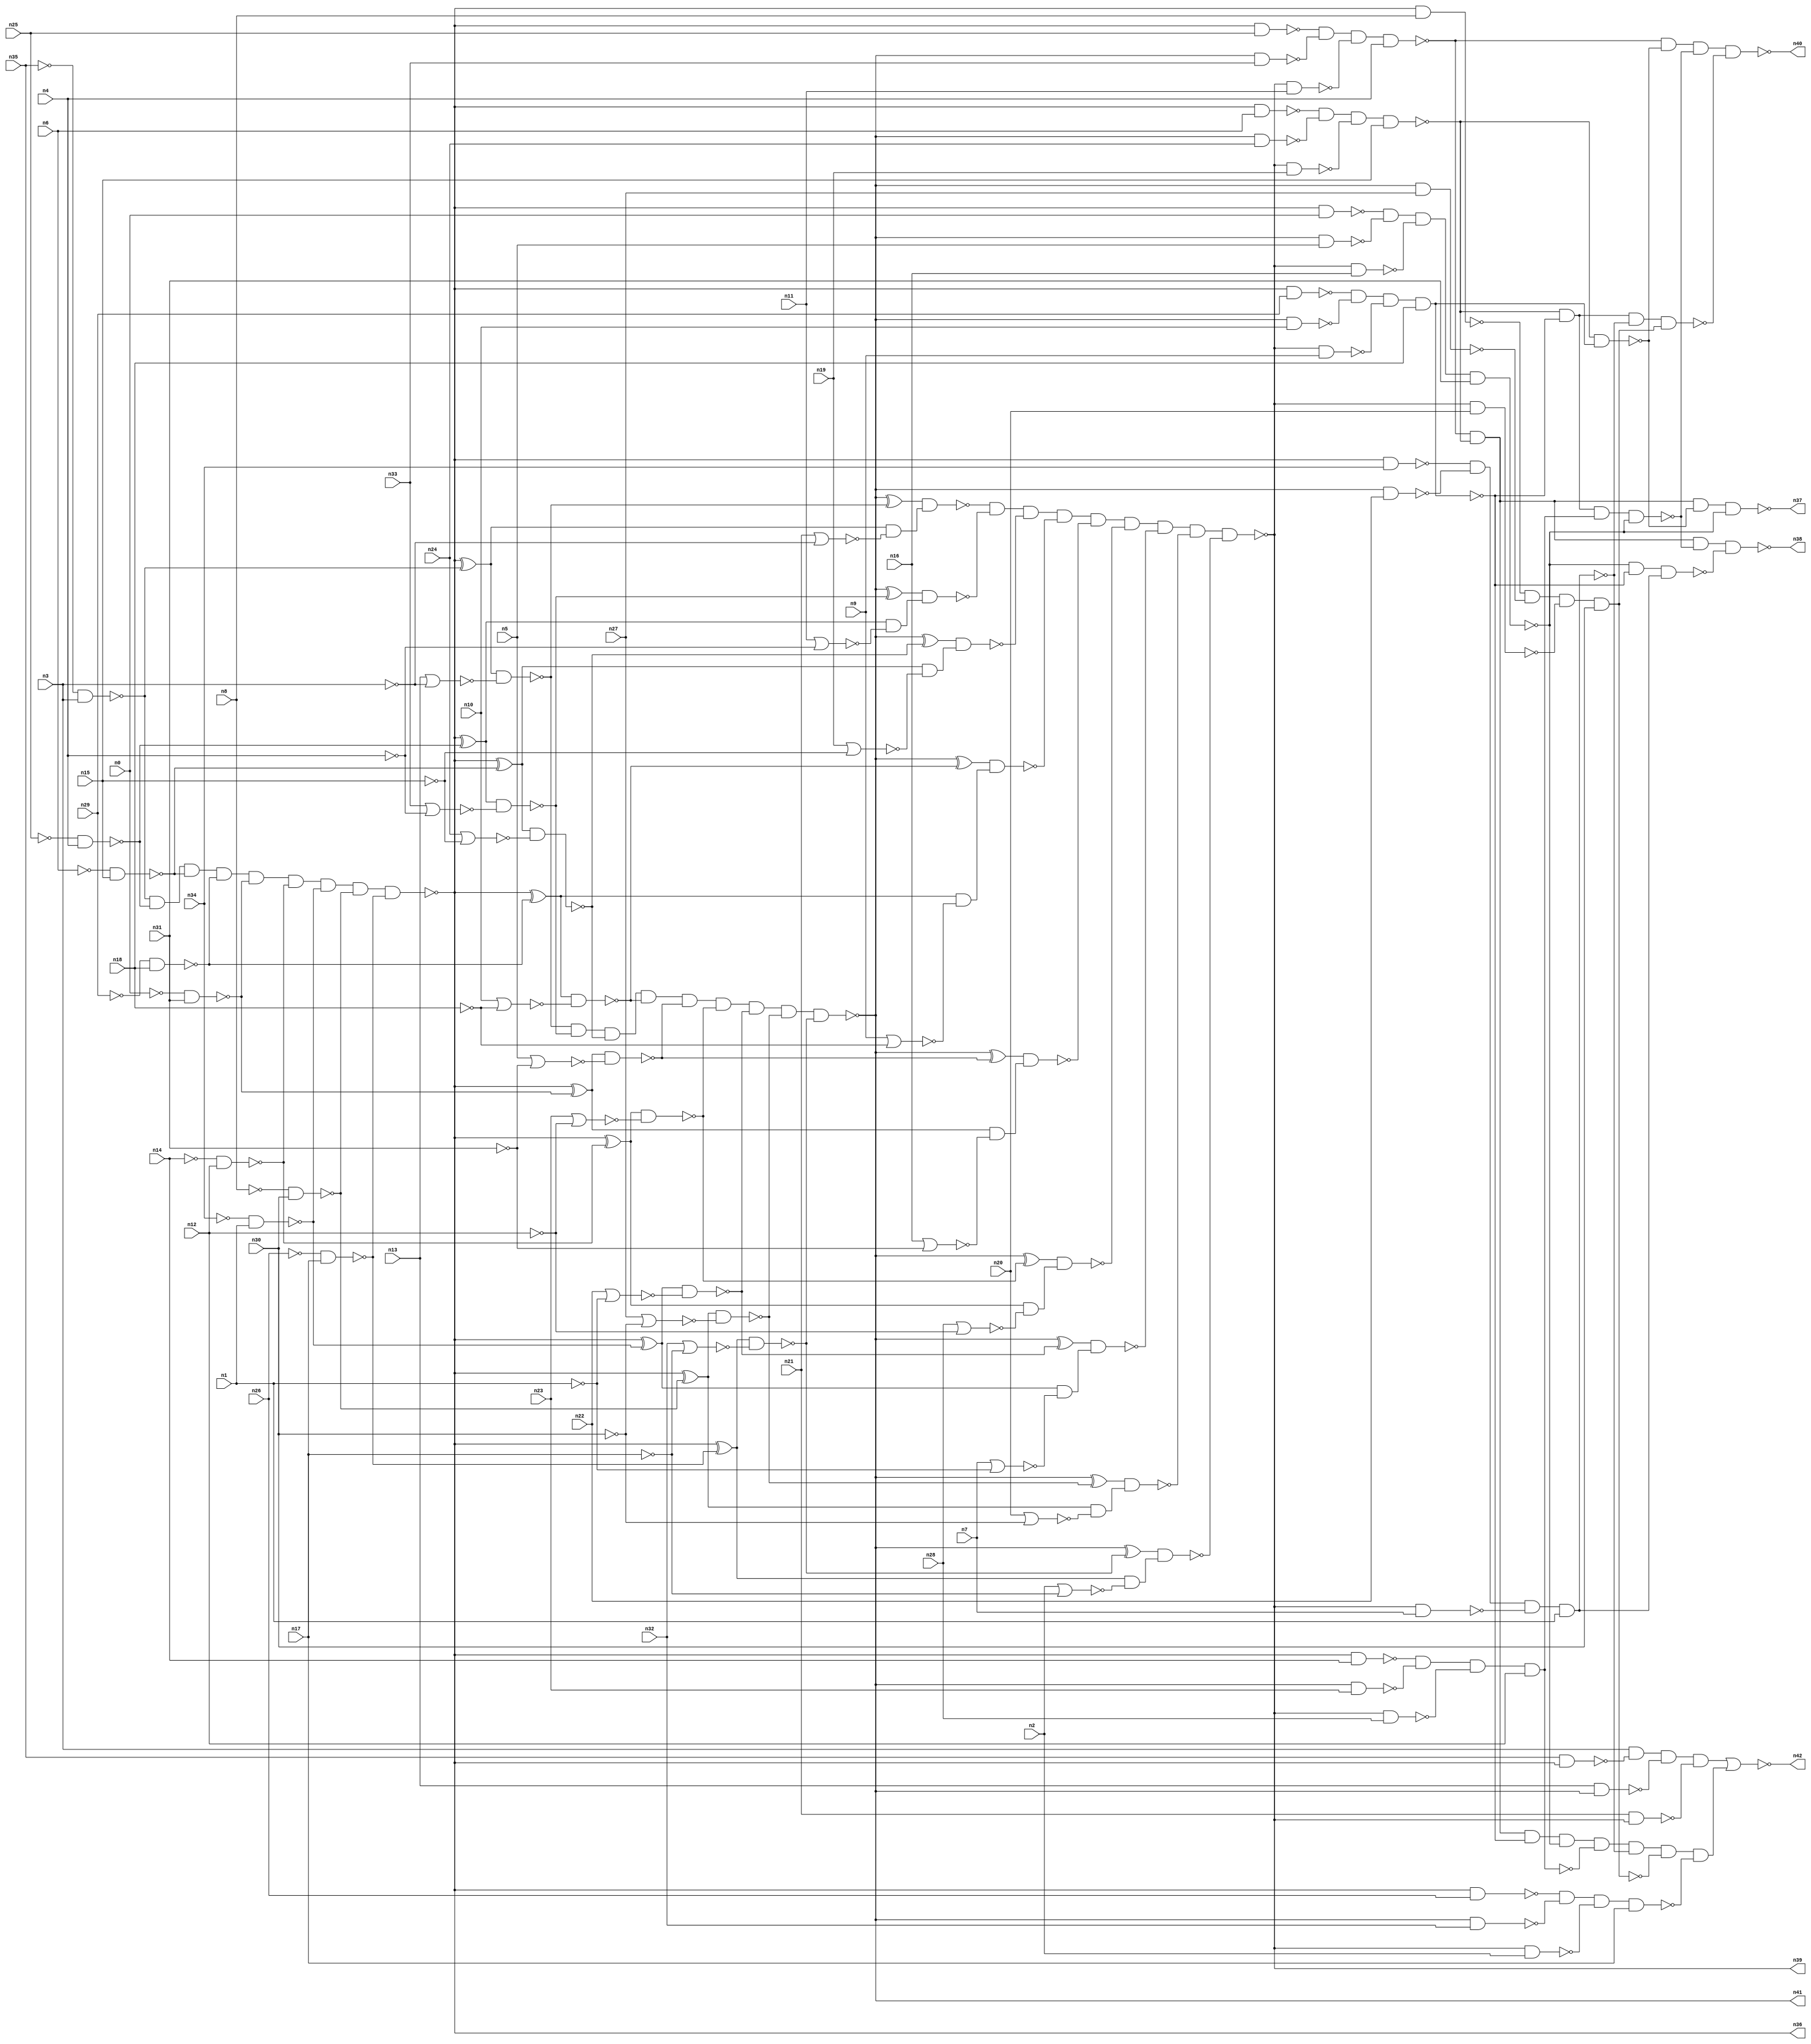
//
// Conformal-LEC Version 16.10-d005 ( 21-Apr-2016 ) ( 64 bit executable )
//
module top ( n0 , n1 , n2 , n3 , n4 , n5 , n6 , n7 , n8 , n9 , n10 , n11 , n12 , n13 , n14 , n15 , n16 , n17 , n18 , n19 , n20 , n21 , n22 , n23 , n24 , n25 , n26 , n27 , n28 , n29 , n30 , n31 , n32 , n33 , n34 , n35 , n36 , n37 , n38 , n39 , n40 , n41 , n42 );
input n0 , n1 , n2 , n3 , n4 , n5 , n6 , n7 , n8 , n9 , n10 , n11 , n12 , n13 , n14 , n15 , n16 , n17 , n18 , n19 , n20 , n21 , n22 , n23 , n24 , n25 , n26 , n27 , n28 , n29 , n30 , n31 , n32 , n33 , n34 , n35 ;
output n36 , n37 , n38 , n39 , n40 , n41 , n42 ;

wire n86 , n87 , n88 , n89 , n90 , n91 , n92 , n93 , n94 , 
     n95 , n96 , n97 , n98 , n99 , n100 , n101 , n102 , n103 , n104 , 
     n105 , n106 , n107 , n108 , n109 , n110 , n111 , n112 , n113 , n114 , 
     n115 , n116 , n117 , n118 , n119 , n120 , n121 , n122 , n123 , n124 , 
     n125 , n126 , n127 , n128 , n129 , n130 , n131 , n132 , n133 , n134 , 
     n135 , n136 , n137 , n138 , n139 , n140 , n141 , n142 , n143 , n144 , 
     n145 , n146 , n147 , n148 , n149 , n150 , n151 , n152 , n153 , n154 , 
     n155 , n156 , n157 , n158 , n159 , n160 , n161 , n162 , n163 , n164 , 
     n165 , n166 , n167 , n168 , n169 , n170 , n171 , n172 , n173 , n174 , 
     n175 , n176 , n177 , n178 , n179 , n180 , n181 , n182 , n183 , n184 , 
     n185 , n186 , n187 , n188 , n189 , n190 , n191 , n192 , n193 , n194 , 
     n195 , n196 , n197 , n198 , n199 , n200 , n201 , n202 , n203 , n204 , 
     n205 , n206 , n207 , n208 , n209 , n210 , n211 , n212 , n213 , n214 , 
     n215 , n216 , n217 , n218 , n219 , n220 , n221 , n222 , n223 , n224 , 
     n225 , n226 , n227 , n228 , n229 , n230 , n231 , n232 , n233 , n234 , 
     n235 , n236 , n237 , n238 , n239 , n240 , n241 , n242 , n243 , n244 , 
     n245 , n246 , n247 , n248 , n249 , n250 , n251 , n252 , n253 , n254 , 
     n255 , n256 , n257 , n258 , n259 , n260 , n261 , n262 , n263 , n264 , 
     n265 , n266 , n267 , n268 , n269 , n270 , n271 , n272 , n273 , n274 , 
     n275 , n276 , n277 , n278 , n279 , n280 , n281 , n282 , n283 , n284 , 
     n285 , n286 , n287 , n288 , n289 , n290 , n291 , n292 , n293 , n294 , 
     n295 , n296 , n297 ;
buf ( n36 , n145 );
buf ( n41 , n186 );
buf ( n39 , n236 );
buf ( n42 , n280 );
buf ( n37 , n285 );
buf ( n38 , n292 );
buf ( n40 , n297 );
buf ( n88 , n35 );
buf ( n89 , n3 );
buf ( n90 , n13 );
buf ( n91 , n25 );
buf ( n92 , n21 );
buf ( n93 , n4 );
buf ( n94 , n33 );
buf ( n95 , n6 );
buf ( n96 , n11 );
buf ( n97 , n15 );
buf ( n98 , n24 );
buf ( n99 , n29 );
buf ( n100 , n19 );
buf ( n101 , n18 );
buf ( n102 , n10 );
buf ( n103 , n0 );
buf ( n104 , n9 );
buf ( n105 , n31 );
buf ( n106 , n5 );
buf ( n107 , n14 );
buf ( n108 , n16 );
buf ( n109 , n12 );
buf ( n110 , n23 );
buf ( n111 , n34 );
buf ( n112 , n28 );
buf ( n113 , n1 );
buf ( n114 , n22 );
buf ( n115 , n8 );
buf ( n116 , n7 );
buf ( n117 , n30 );
buf ( n118 , n27 );
buf ( n119 , n26 );
buf ( n120 , n20 );
buf ( n121 , n17 );
buf ( n122 , n32 );
buf ( n123 , n2 );
not ( n124 , n88 );
nand ( n125 , n124 , n89 );
not ( n126 , n91 );
nand ( n127 , n126 , n93 );
not ( n128 , n95 );
nand ( n129 , n128 , n97 );
not ( n130 , n99 );
nand ( n131 , n130 , n101 );
not ( n132 , n103 );
nand ( n133 , n132 , n105 );
not ( n134 , n107 );
nand ( n135 , n134 , n109 );
not ( n136 , n111 );
nand ( n137 , n136 , n113 );
not ( n138 , n115 );
nand ( n139 , n138 , n117 );
not ( n140 , n119 );
nand ( n141 , n140 , n121 );
and ( n142 , n125 , n127 , n129 , n131 , n133 , n135 , n137 , n139 , n141 );
not ( n143 , n142 );
buf ( n144 , n143 );
buf ( n145 , n144 );
not ( n146 , n142 );
xor ( n147 , n146 , n125 );
not ( n148 , n89 );
nor ( n149 , n90 , n148 );
nand ( n150 , n147 , n149 );
xor ( n151 , n146 , n127 );
not ( n152 , n93 );
nor ( n153 , n94 , n152 );
nand ( n154 , n151 , n153 );
xor ( n155 , n146 , n129 );
not ( n156 , n97 );
nor ( n157 , n98 , n156 );
nand ( n158 , n155 , n157 );
xor ( n159 , n146 , n131 );
not ( n160 , n101 );
nor ( n161 , n102 , n160 );
nand ( n162 , n159 , n161 );
xor ( n163 , n146 , n133 );
not ( n164 , n105 );
nor ( n165 , n106 , n164 );
nand ( n166 , n163 , n165 );
xor ( n167 , n146 , n135 );
not ( n168 , n109 );
nor ( n169 , n110 , n168 );
nand ( n170 , n167 , n169 );
xor ( n171 , n146 , n137 );
not ( n172 , n113 );
nor ( n173 , n114 , n172 );
nand ( n174 , n171 , n173 );
xor ( n175 , n146 , n139 );
not ( n176 , n117 );
nor ( n177 , n118 , n176 );
nand ( n178 , n175 , n177 );
xor ( n179 , n146 , n141 );
not ( n180 , n121 );
nor ( n181 , n122 , n180 );
nand ( n182 , n179 , n181 );
and ( n183 , n150 , n154 , n158 , n162 , n166 , n170 , n174 , n178 , n182 );
not ( n184 , n183 );
buf ( n185 , n184 );
buf ( n186 , n185 );
not ( n187 , n183 );
xor ( n188 , n187 , n150 );
nor ( n189 , n92 , n148 );
nand ( n190 , n147 , n189 );
not ( n191 , n190 );
nand ( n192 , n188 , n191 );
xor ( n193 , n187 , n154 );
nor ( n194 , n96 , n152 );
nand ( n195 , n151 , n194 );
not ( n196 , n195 );
nand ( n197 , n193 , n196 );
xor ( n198 , n187 , n158 );
nor ( n199 , n100 , n156 );
nand ( n200 , n155 , n199 );
not ( n201 , n200 );
nand ( n202 , n198 , n201 );
xor ( n203 , n187 , n162 );
nor ( n204 , n104 , n160 );
nand ( n205 , n159 , n204 );
not ( n206 , n205 );
nand ( n207 , n203 , n206 );
xor ( n208 , n187 , n166 );
nor ( n209 , n108 , n164 );
nand ( n210 , n163 , n209 );
not ( n211 , n210 );
nand ( n212 , n208 , n211 );
xor ( n213 , n187 , n170 );
nor ( n214 , n112 , n168 );
nand ( n215 , n167 , n214 );
not ( n216 , n215 );
nand ( n217 , n213 , n216 );
xor ( n218 , n187 , n174 );
nor ( n219 , n116 , n172 );
nand ( n220 , n171 , n219 );
not ( n221 , n220 );
nand ( n222 , n218 , n221 );
xor ( n223 , n187 , n178 );
nor ( n224 , n120 , n176 );
nand ( n225 , n175 , n224 );
not ( n226 , n225 );
nand ( n227 , n223 , n226 );
xor ( n228 , n187 , n182 );
nor ( n229 , n123 , n180 );
nand ( n230 , n179 , n229 );
not ( n231 , n230 );
nand ( n232 , n228 , n231 );
and ( n233 , n192 , n197 , n202 , n207 , n212 , n217 , n222 , n227 , n232 );
not ( n234 , n233 );
buf ( n235 , n234 );
buf ( n236 , n235 );
not ( n237 , n142 );
nand ( n238 , n88 , n237 );
not ( n239 , n183 );
nand ( n240 , n90 , n239 );
not ( n241 , n233 );
nand ( n242 , n92 , n241 );
nand ( n243 , n89 , n238 , n240 , n242 );
not ( n244 , n243 );
nand ( n245 , n237 , n91 );
nand ( n246 , n239 , n94 );
nand ( n247 , n241 , n96 );
nand ( n248 , n245 , n246 , n247 , n93 );
nand ( n249 , n237 , n95 );
nand ( n250 , n239 , n98 );
nand ( n251 , n241 , n100 );
nand ( n252 , n249 , n250 , n251 , n97 );
nand ( n253 , n237 , n99 );
nand ( n254 , n239 , n102 );
nand ( n255 , n241 , n104 );
nand ( n256 , n253 , n254 , n255 , n101 );
nand ( n257 , n237 , n103 );
nand ( n258 , n239 , n106 );
nand ( n259 , n241 , n108 );
nand ( n260 , n257 , n258 , n259 , n105 );
nand ( n261 , n237 , n107 );
nand ( n262 , n239 , n110 );
nand ( n263 , n241 , n112 );
nand ( n264 , n261 , n262 , n263 , n109 );
nand ( n265 , n237 , n111 );
nand ( n266 , n239 , n114 );
nand ( n267 , n241 , n116 );
nand ( n268 , n265 , n266 , n267 , n113 );
nand ( n269 , n237 , n115 );
nand ( n270 , n239 , n118 );
nand ( n271 , n241 , n120 );
nand ( n272 , n269 , n270 , n271 , n117 );
nand ( n273 , n237 , n119 );
nand ( n274 , n239 , n122 );
nand ( n275 , n241 , n123 );
nand ( n276 , n273 , n274 , n275 , n121 );
and ( n277 , n248 , n252 , n256 , n260 , n264 , n268 , n272 , n276 );
nor ( n278 , n244 , n277 );
buf ( n279 , n278 );
buf ( n280 , n279 );
not ( n281 , n256 );
nand ( n282 , n252 , n281 );
nand ( n283 , n248 , n252 , n282 , n260 );
buf ( n284 , n283 );
buf ( n285 , n284 );
not ( n286 , n264 );
nand ( n287 , n252 , n256 , n286 , n260 );
not ( n288 , n268 );
nand ( n289 , n260 , n256 , n288 );
nand ( n290 , n248 , n252 , n287 , n289 );
buf ( n291 , n290 );
buf ( n292 , n291 );
not ( n293 , n272 );
nand ( n294 , n252 , n256 , n268 , n293 );
nand ( n295 , n248 , n282 , n287 , n294 );
buf ( n296 , n295 );
buf ( n297 , n296 );
endmodule